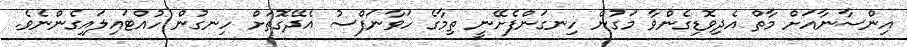
އިންސާނާއަށް މާތް އެދިވޮޑިގެންވާ މަގުން ހިނގަންފެށޭނީ ތިމާގެ ހަވާނަފްސު އެދޭގޮތަށް ހިނގުން ހުއްޓައިލައިގެންނެވެ.